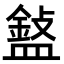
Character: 𥂲